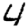
Digit: 4